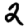
Digit: 2